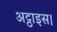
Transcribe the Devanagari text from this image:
अट्ठाइस।